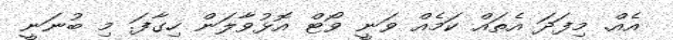
އެއް. މިފަދަ އެތައް ކަމެއް ވަނީ ވޯޓް އޮޅުވާލަން ހިގާފަ. މި ބުނަނީ